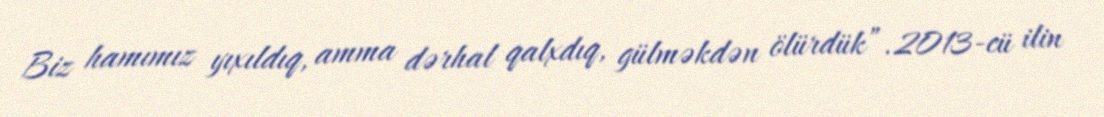
Biz hamımız yıxıldıq, amma dərhal qalxdıq, gülməkdən ölürdük”.2013-cü ilin